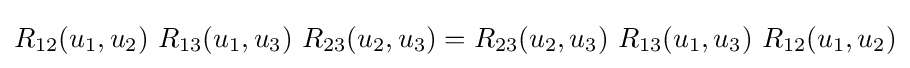
R_{12}(u_{1},u_{2})\ R_{13}(u_{1},u_{3})\ R_{23}(u_{2},u_{3})=R_{23}(u_{2},u_{3})\ R_{13}(u_{1},u_{3})\ R_{12}(u_{1},u_{2})